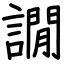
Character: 譋